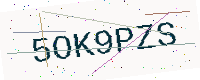
Text: 5OK9PZS